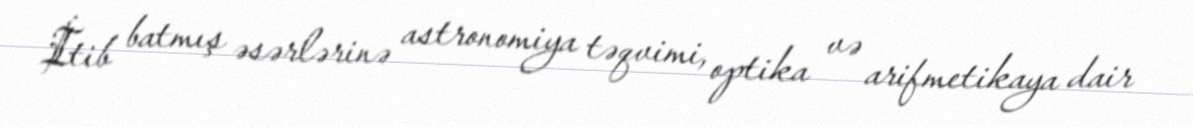
İtib batmış əsərlərinə astronomiya təqvimi, optika və arifmetikaya dair